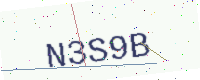
Text: N3S9B